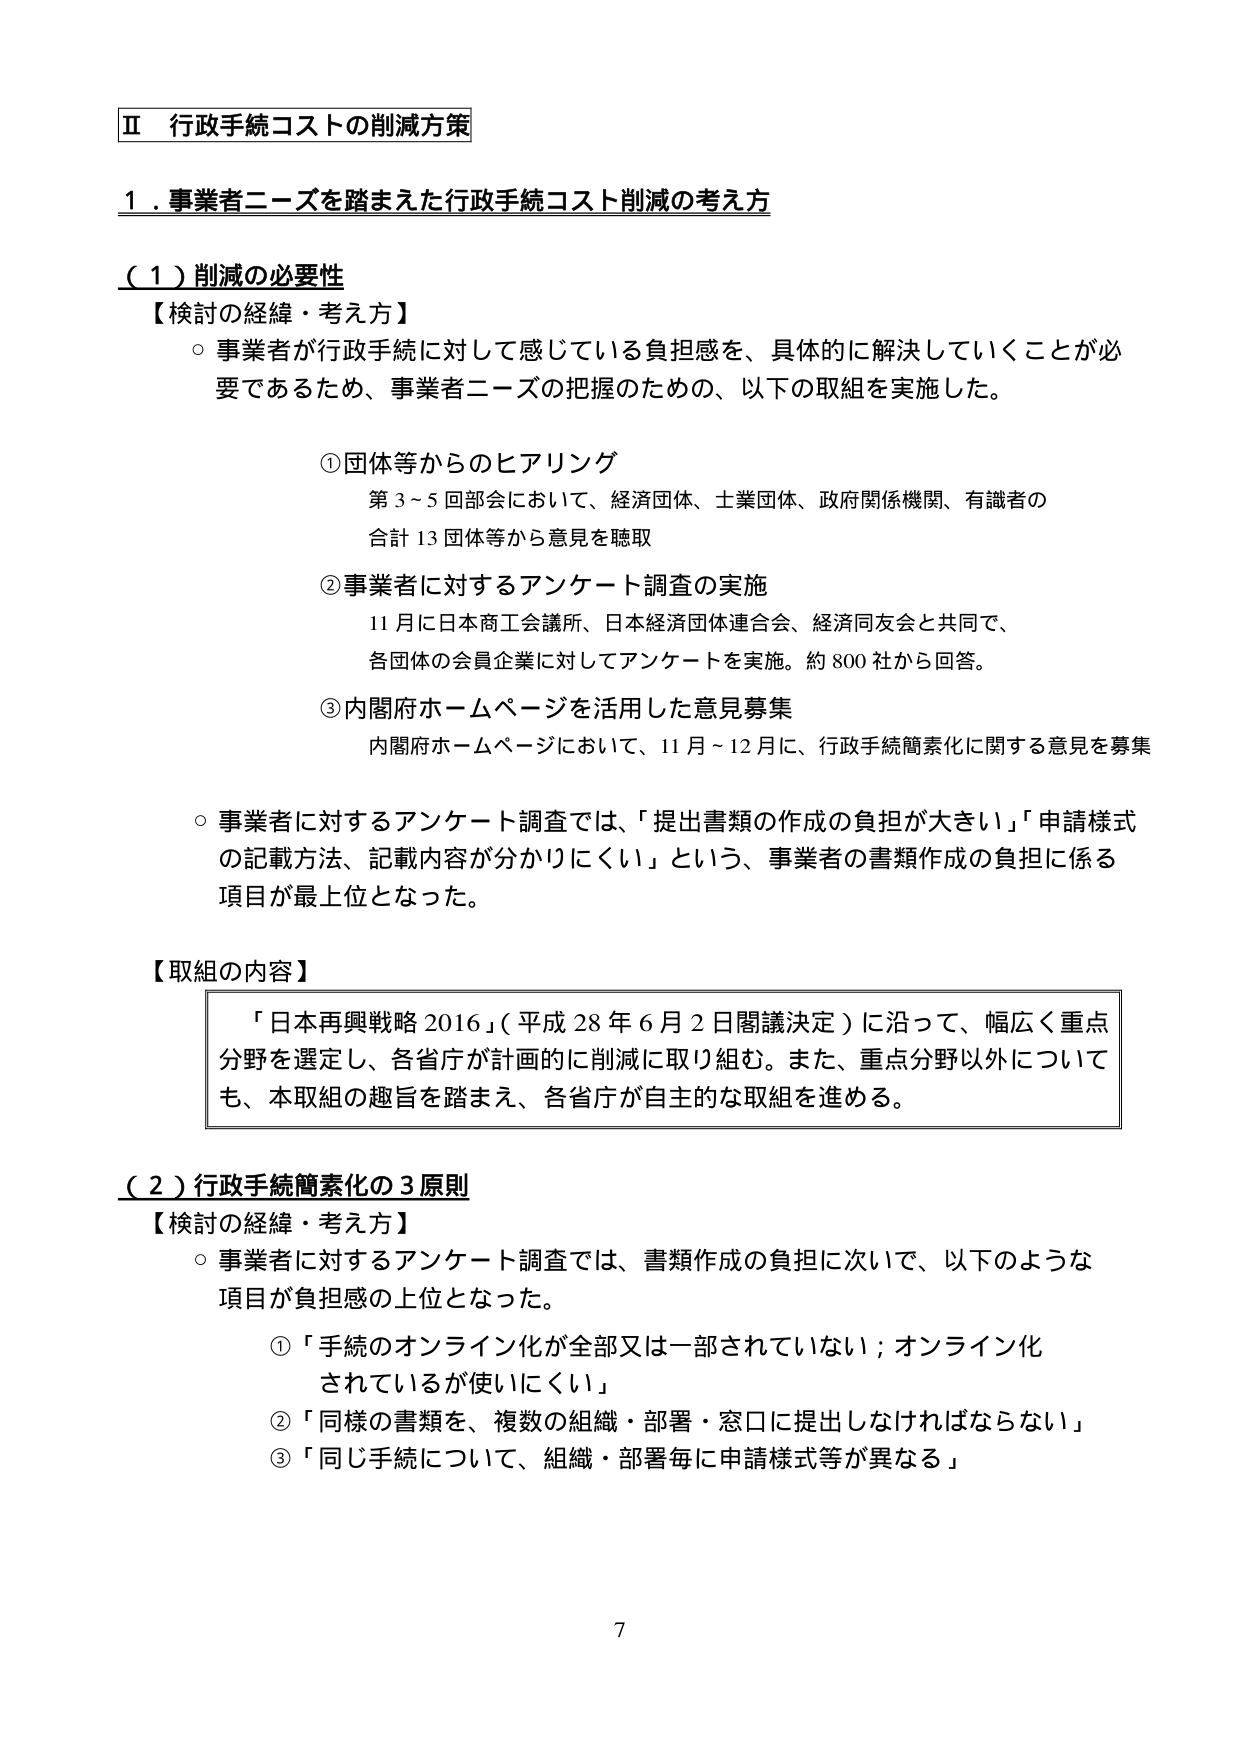
Ⅱ 行政手続コストの削減方策

１．事業者ニーズを踏まえた行政手続コスト削減の考え方

（１）削減の必要性

【検討の経緯・考え方】
○ 事業者が行政手続に対して感じている負担感を、具体的に解決していくことが必要であるため、事業者ニーズの把握のための、以下の取組を実施した。

① 団体等からのヒアリング
　第3～5回部会において、経済団体、土業団体、政府関係機関、有識者の合計13団体等から意見を聴取

② 事業者に対するアンケート調査の実施
　11月に日本商工会議所、日本経済団体連合会、経済同友会と共同で、各団体の会員企業に対してアンケートを実施。約800社から回答。

③ 内閣府ホームページを活用した意見募集
　内閣府ホームページにおいて、11月～12月に、行政手続簡素化に関する意見を募集

○ 事業者に対するアンケート調査では、「提出書類の作成の負担が大きい」「申請様式の記載方法、記載内容が分かりにくい」という、事業者の書類作成の負担に係る項目が最上位となった。

【取組の内容】
「日本再興戦略2016」（平成28年6月2日閣議決定）に沿って、幅広く重点分野を選定し、各省庁が計画的に削減に取り組む。また、重点分野以外についても、本取組の趣旨を踏まえ、各省庁が自主的な取組を進める。

（２）行政手続簡素化の3原則

【検討の経緯・考え方】
○ 事業者に対するアンケート調査では、書類作成の負担に次いで、以下のような項目が負担感の上位となった。

① 「手続のオンライン化が全部又は一部されていない；オンライン化されているが使いにくい」
② 「同様の書類を、複数の組織・部署・窓口に提出しなければならない」
③ 「同じ手続について、組織・部署毎に申請様式等が異なる」

7